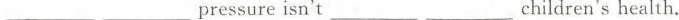
___ ___ pressure isn't ___ ___ children's health.